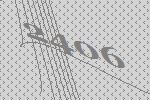
2406